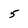
Character: 5